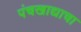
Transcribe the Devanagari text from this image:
पंचखाद्याचा